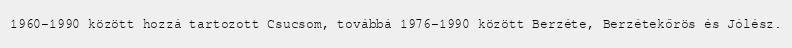
1960–1990 között hozzá tartozott Csucsom, továbbá 1976–1990 között Berzéte, Berzétekőrös és Jólész.